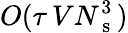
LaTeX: O(\tau\, VN_{\mathrm{~s~}}^{3})